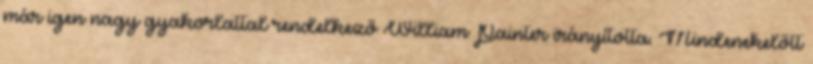
már igen nagy gyakorlattal rendelkező William Painter irányította. Mindenekelőtt